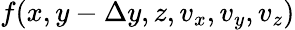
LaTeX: f(x,y-\Delta y,z,v_{x},v_{y},v_{z})